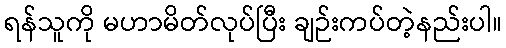
ရန်သူကို မဟာမိတ်လုပ်ပြီး ချဉ်းကပ်တဲ့နည်းပါ။